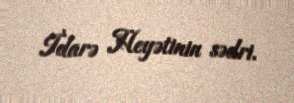
İdarə Heyətinin sədri.